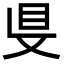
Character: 𥄁